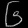
Digit: ၆